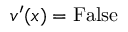
v ^ { \prime } ( x ) = { \mathrm { F a l s e } }